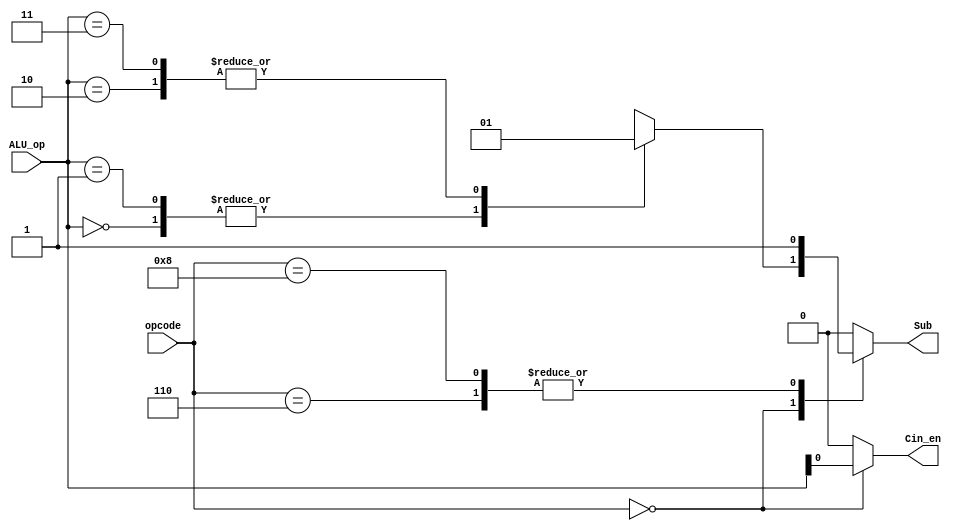
//*****************************************************************************
// Module declaration
module ALU_Conrtoller
(
    opcode,
    ALU_op,
    Sub,
    Cin_en
);
//*****************************************************************************
    // I/O Port
    input  [4:0] opcode;   // 5 bits simplified function code
    input  [1:0] ALU_op;   // 2 bits ALU opcode
    output reg   Sub;
    output wire  Cin_en;

//*****************************************************************************
// Block : ALU control decode

    assign Cin_en = (opcode == 5'b00000) ? ALU_op[0] : 1'b0;

    always @(*)
    begin
        case(opcode) // ALU opcode decode
        ///////////////////////////////////////////////////////////////////////
        // Solve the truth table
        ///////////////////////////////////////////////////////////////////////
        // opcode | ALU_op|       |  SUB  |  Cin
        // -------+-------+-------+-------+-------
        //  00000 |    00 |   ADD |     0 |   
        //  00000 |    01 |   ADC |     0 |   C
        //  00000 |    10 |   SBB |     1 |   
        //  00000 |    11 |   SUB |     1 |  ~C
        //  00110 |    xx |   CMP |     1 |
        //  01000 |    xx |  SUBI |     1 |
        ///////////////////////////////////////////////////////////////////////

            5'b00000:
            begin
                case(ALU_op[1:0])
                    2'b00:  Sub = 1'b0;
                    2'b01:  Sub = 1'b0;
                    2'b10:  Sub = 1'b1;
                    2'b11:  Sub = 1'b1;
                    default:Sub = 1'b0;
                endcase
            end
            5'b00110:       Sub = 1'b1;
            5'b01000:
                            Sub = 1'b1;
            default:        Sub = 1'b0;
        endcase
    end
//*****************************************************************************
endmodule